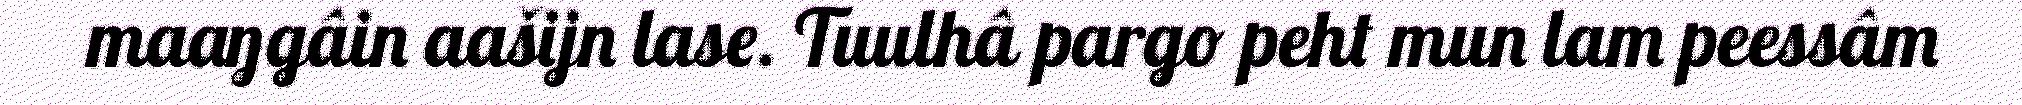
maaŋgâin aašijn lase. Tuulhâ pargo peht mun lam peessâm